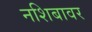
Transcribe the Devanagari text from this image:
नशिबावर